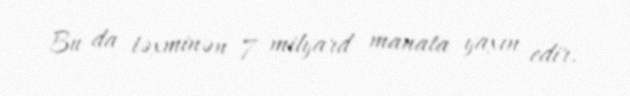
Bu da təxminən 7 milyard manata yaxın edir.